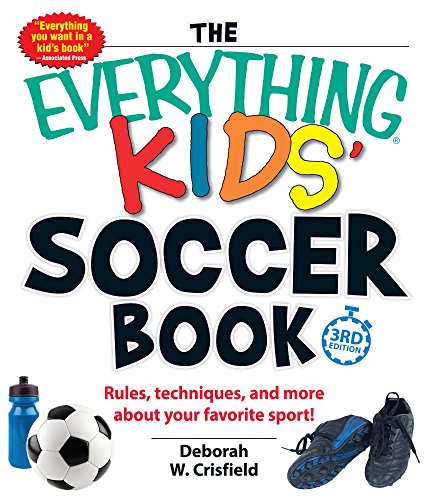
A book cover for The Everything Kids' Soccer Book: Rules, Techniques, and More About Your Favorite Sport! (Everything Kids Series); Deborah W. Crisfield; Children's Books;